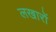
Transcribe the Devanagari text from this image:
लखारों